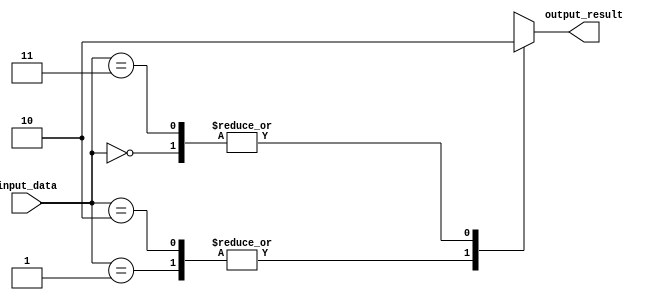
module behavioral_modeling(
    input wire [1:0] input_data,
    output reg output_result
);

always @(*) begin
    case(input_data)
        2'b00: output_result = 1'b0;       // Output 0 for input 00
        2'b01: output_result = 1'b1;       // Output 1 for input 01
        2'b10: output_result = 1'b1;       // Output 1 for input 10
        2'b11: output_result = 1'b0;       // Output 0 for input 11
        default: output_result = 1'bx;     // Output undefined for any other input
    endcase
end

endmodule